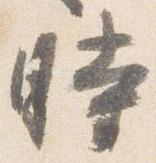
時